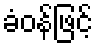
ခံဝန်ဖြင့်